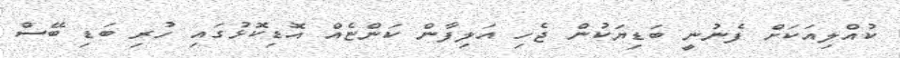
ކުއްލިއަކަށް ފެނުނީ ބަޑިޔަކުން ޖެހި އަލިފާން ކަންޏެއް އޮޑިކޮޅުގައި ހުރި ބަޑި ބޭސް